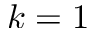
k = 1